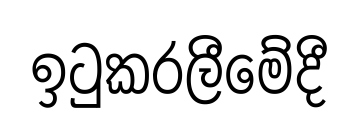
ඉටුකරලීමේදී